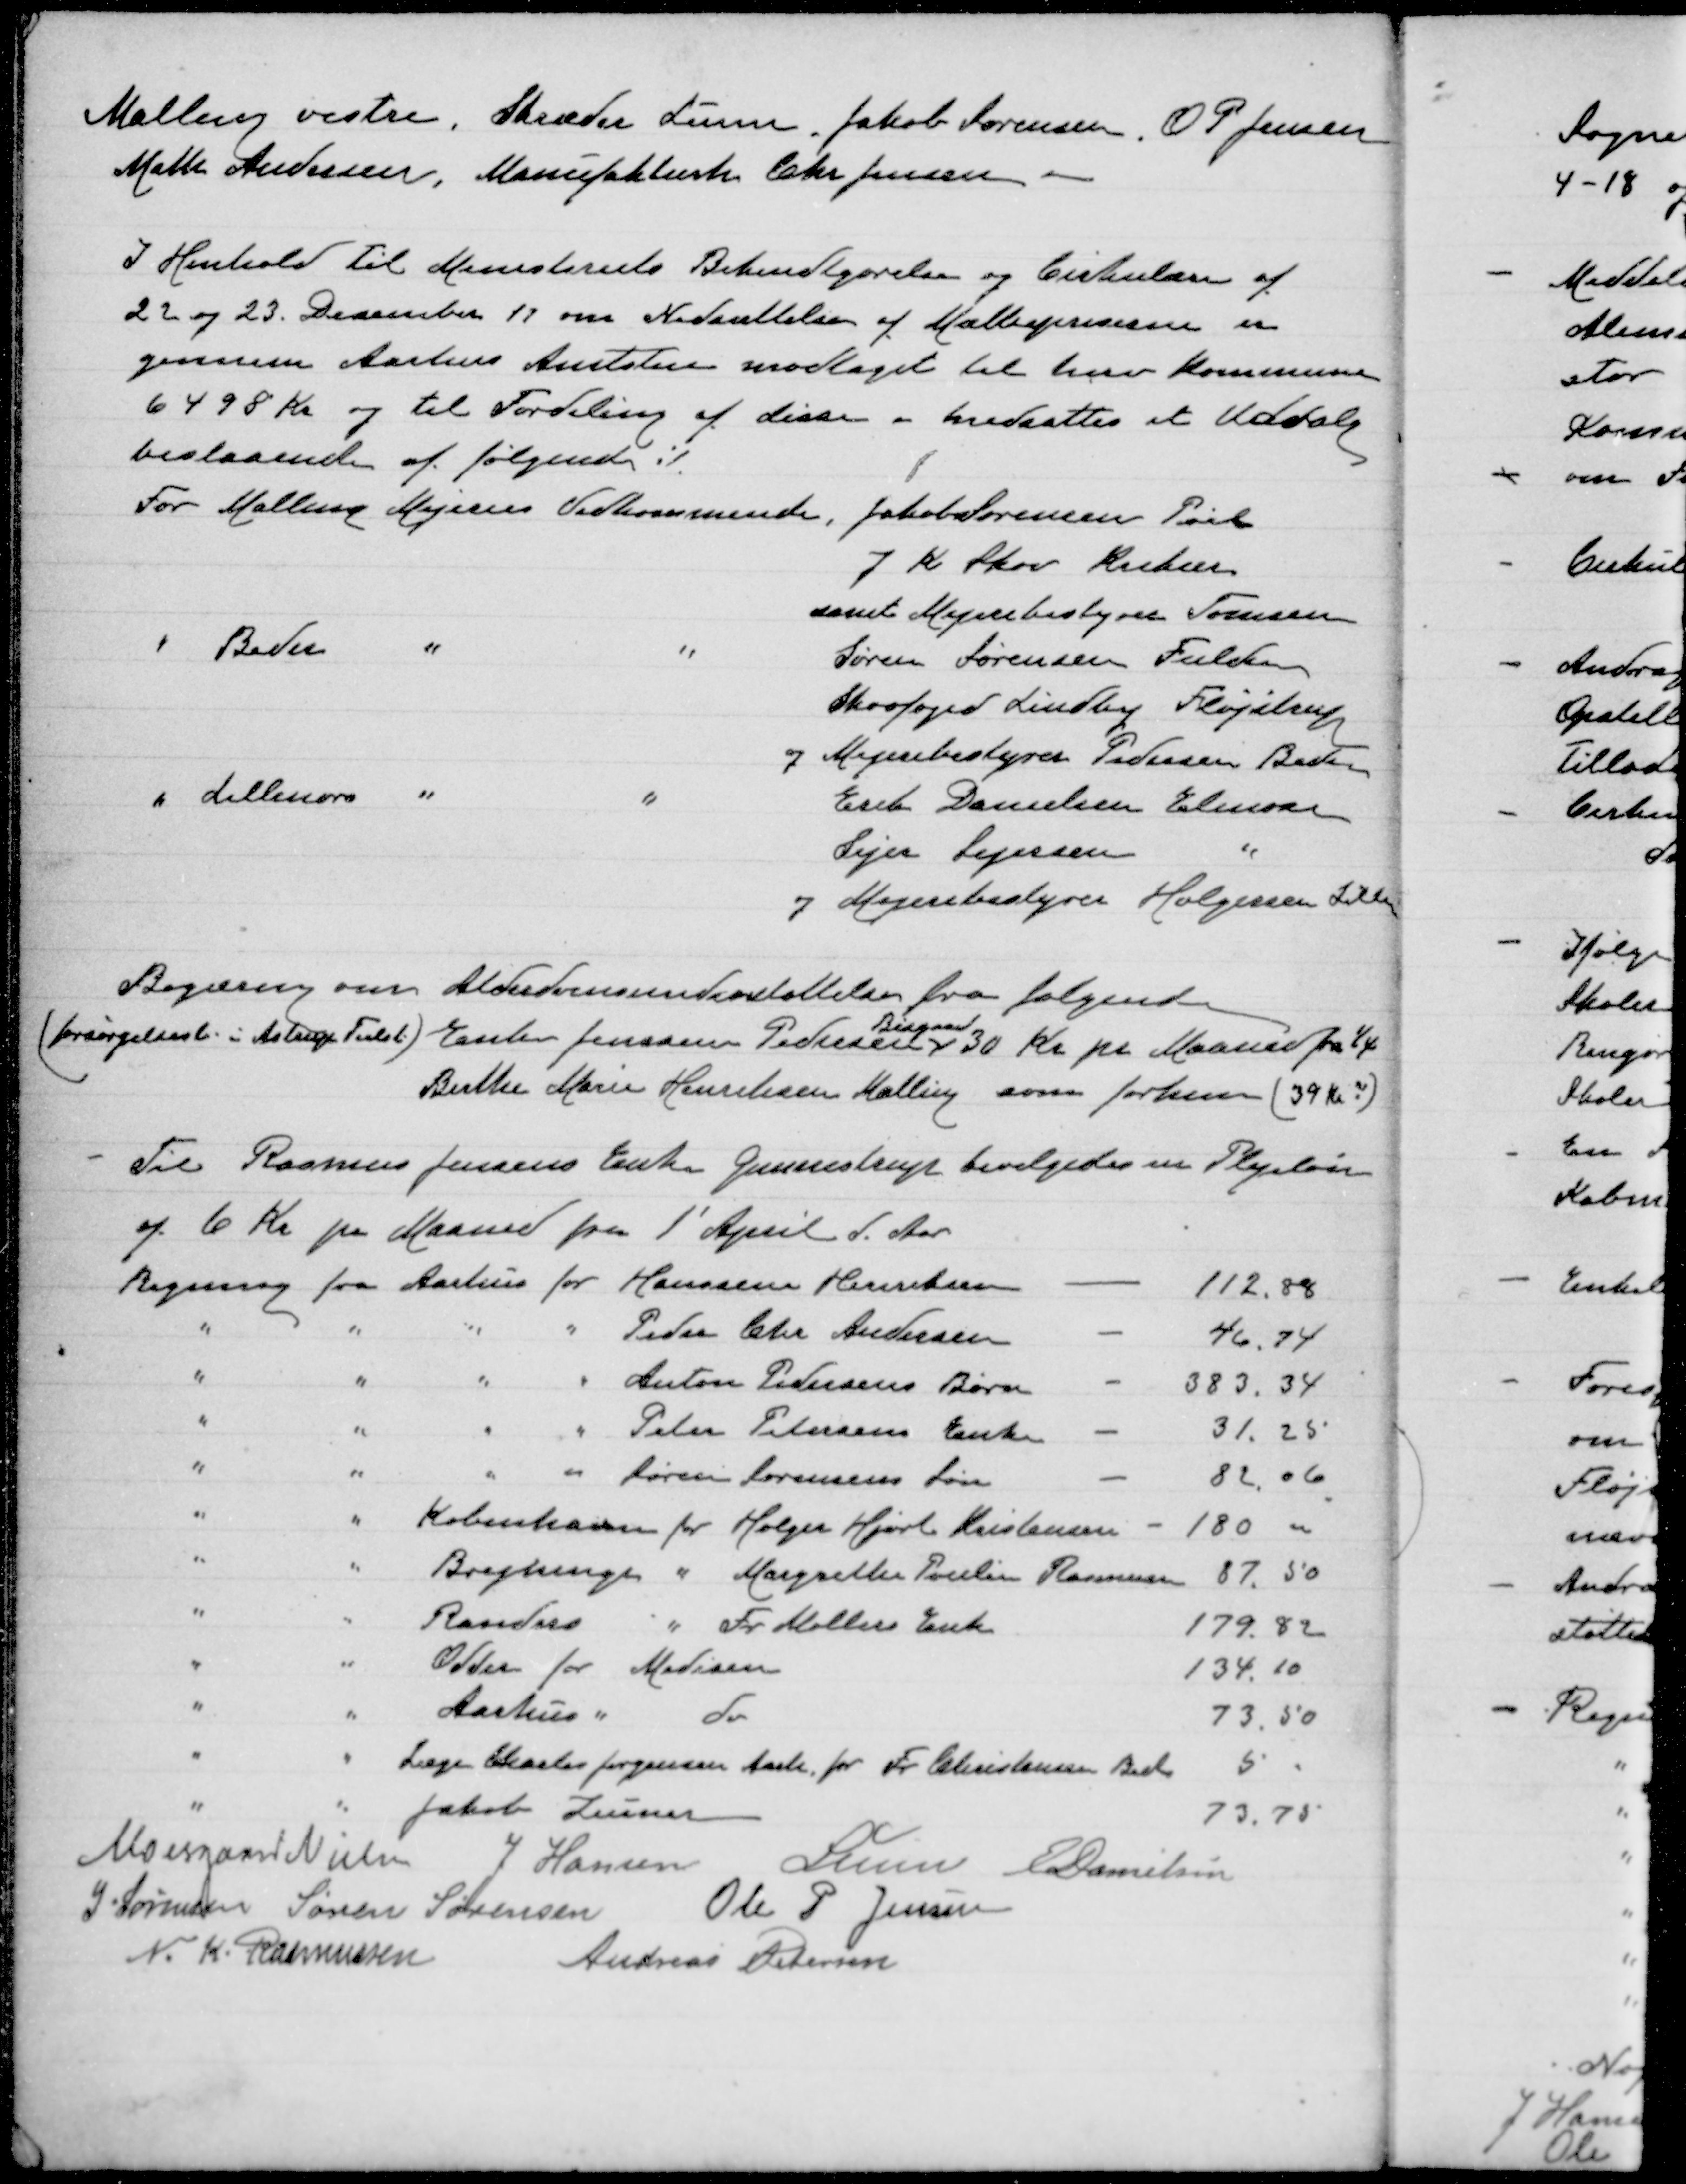
Transskription:
Malling vestre, Skræder Lunn. Jakob Sørensen. OP Jensen
Malte Andersen, Manufakturh. Chr Jensen

I Henhold til Ministeriets Bekendtgørelse og Cirkulære af
22 og 23. December 17 om Nedsættelse af Mælkepriserne er
gennem Aarhus Amtstue modtaget til herv Kommune
6498 Kr og til Fordeling af disse nedsattes et udvalg
bestaaende af følgende:

Begæring om Alderdomsunderstøttelse fra følgende
(forsørgelsesb. i Astrup Tulst) Enke Jonasen Pedersen
Bisgaard
30 kr pr Maaned fra 1/4
Birthe Marie Henriksen Malling som forhenv (39 kr.)

Til Rasmus Jensens Enke Gunnestrup bevilgedes en Plejeløn
af 6 Kr pr Maaned fra 1' April d. Aar

Moesgaard Nielsen
J Hansen
P Lunn
E Danielsen
J Sørensen
Søren Sørensen
Ole P Jensen
N. K. Rasmussen
Andreas Petersen